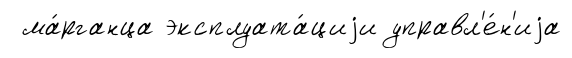
ма́рганца эксплуата́циjи управл'е́н'иjа